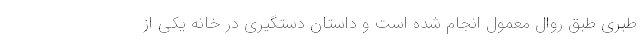
طبری طبق روال معمول انجام شده است و داستان دستگیری در خانه یکی از